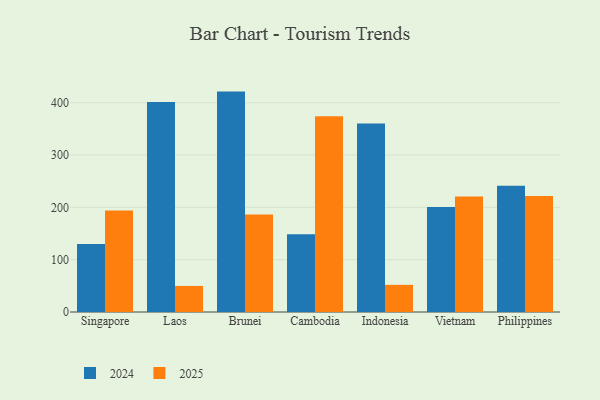
{"axis": {"x": "Country", "y": "Humidity (%)"}, "legend": ["2024", "2025"], "data": [{"x": "Singapore", "y": 194.2, "type": "2025"}, {"x": "Singapore", "y": 130.1, "type": "2024"}, {"x": "Laos", "y": 49.8, "type": "2025"}, {"x": "Laos", "y": 401.1, "type": "2024"}, {"x": "Brunei", "y": 186.1, "type": "2025"}, {"x": "Brunei", "y": 421.2, "type": "2024"}, {"x": "Cambodia", "y": 374.3, "type": "2025"}, {"x": "Cambodia", "y": 148.5, "type": "2024"}, {"x": "Indonesia", "y": 51.9, "type": "2025"}, {"x": "Indonesia", "y": 360.3, "type": "2024"}, {"x": "Vietnam", "y": 220.8, "type": "2025"}, {"x": "Vietnam", "y": 200.9, "type": "2024"}, {"x": "Philippines", "y": 221.7, "type": "2025"}, {"x": "Philippines", "y": 241.4, "type": "2024"}]}